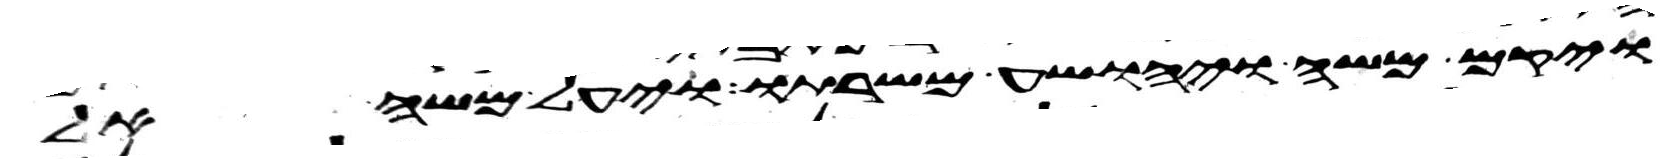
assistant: ויקם משה ויהושע משרתו ויעל משה אל